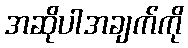
အဆိုပါအချက်ကို